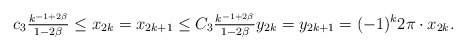
\begin{align*}c_{3}\tfrac{k^{-1+2\beta}}{1-2\beta}\leq x_{2k}= x_{2k+1}\leq C_{3} \tfrac{k^{-1+2\beta}}{1-2\beta} y_{2k}=y_{2k+1}=(-1)^{k}2\pi\cdot x_{2k}.\end{align*}